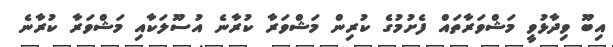
އިބޫ ވިދާޅުވީ މަޝްވަރާތައް ފެށުމުގެ ކުރިން މަޝްވަރާ ކުރާނެ އުސޫލަކާއި މަޝްވަރާ ކުރާނެ